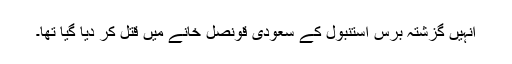
انہیں گزشتہ برس استنبول کے سعودی قونصل خانے میں قتل کر دیا گیا تھا۔